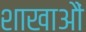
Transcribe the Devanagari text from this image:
शाखाऔं